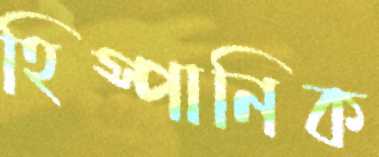
হিস্পানিক